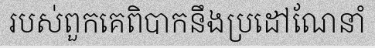
របស់ពួកគេពិបាកនឹងប្រដៅណែនាំ